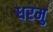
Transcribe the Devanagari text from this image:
धरमु